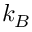
k _ { B }